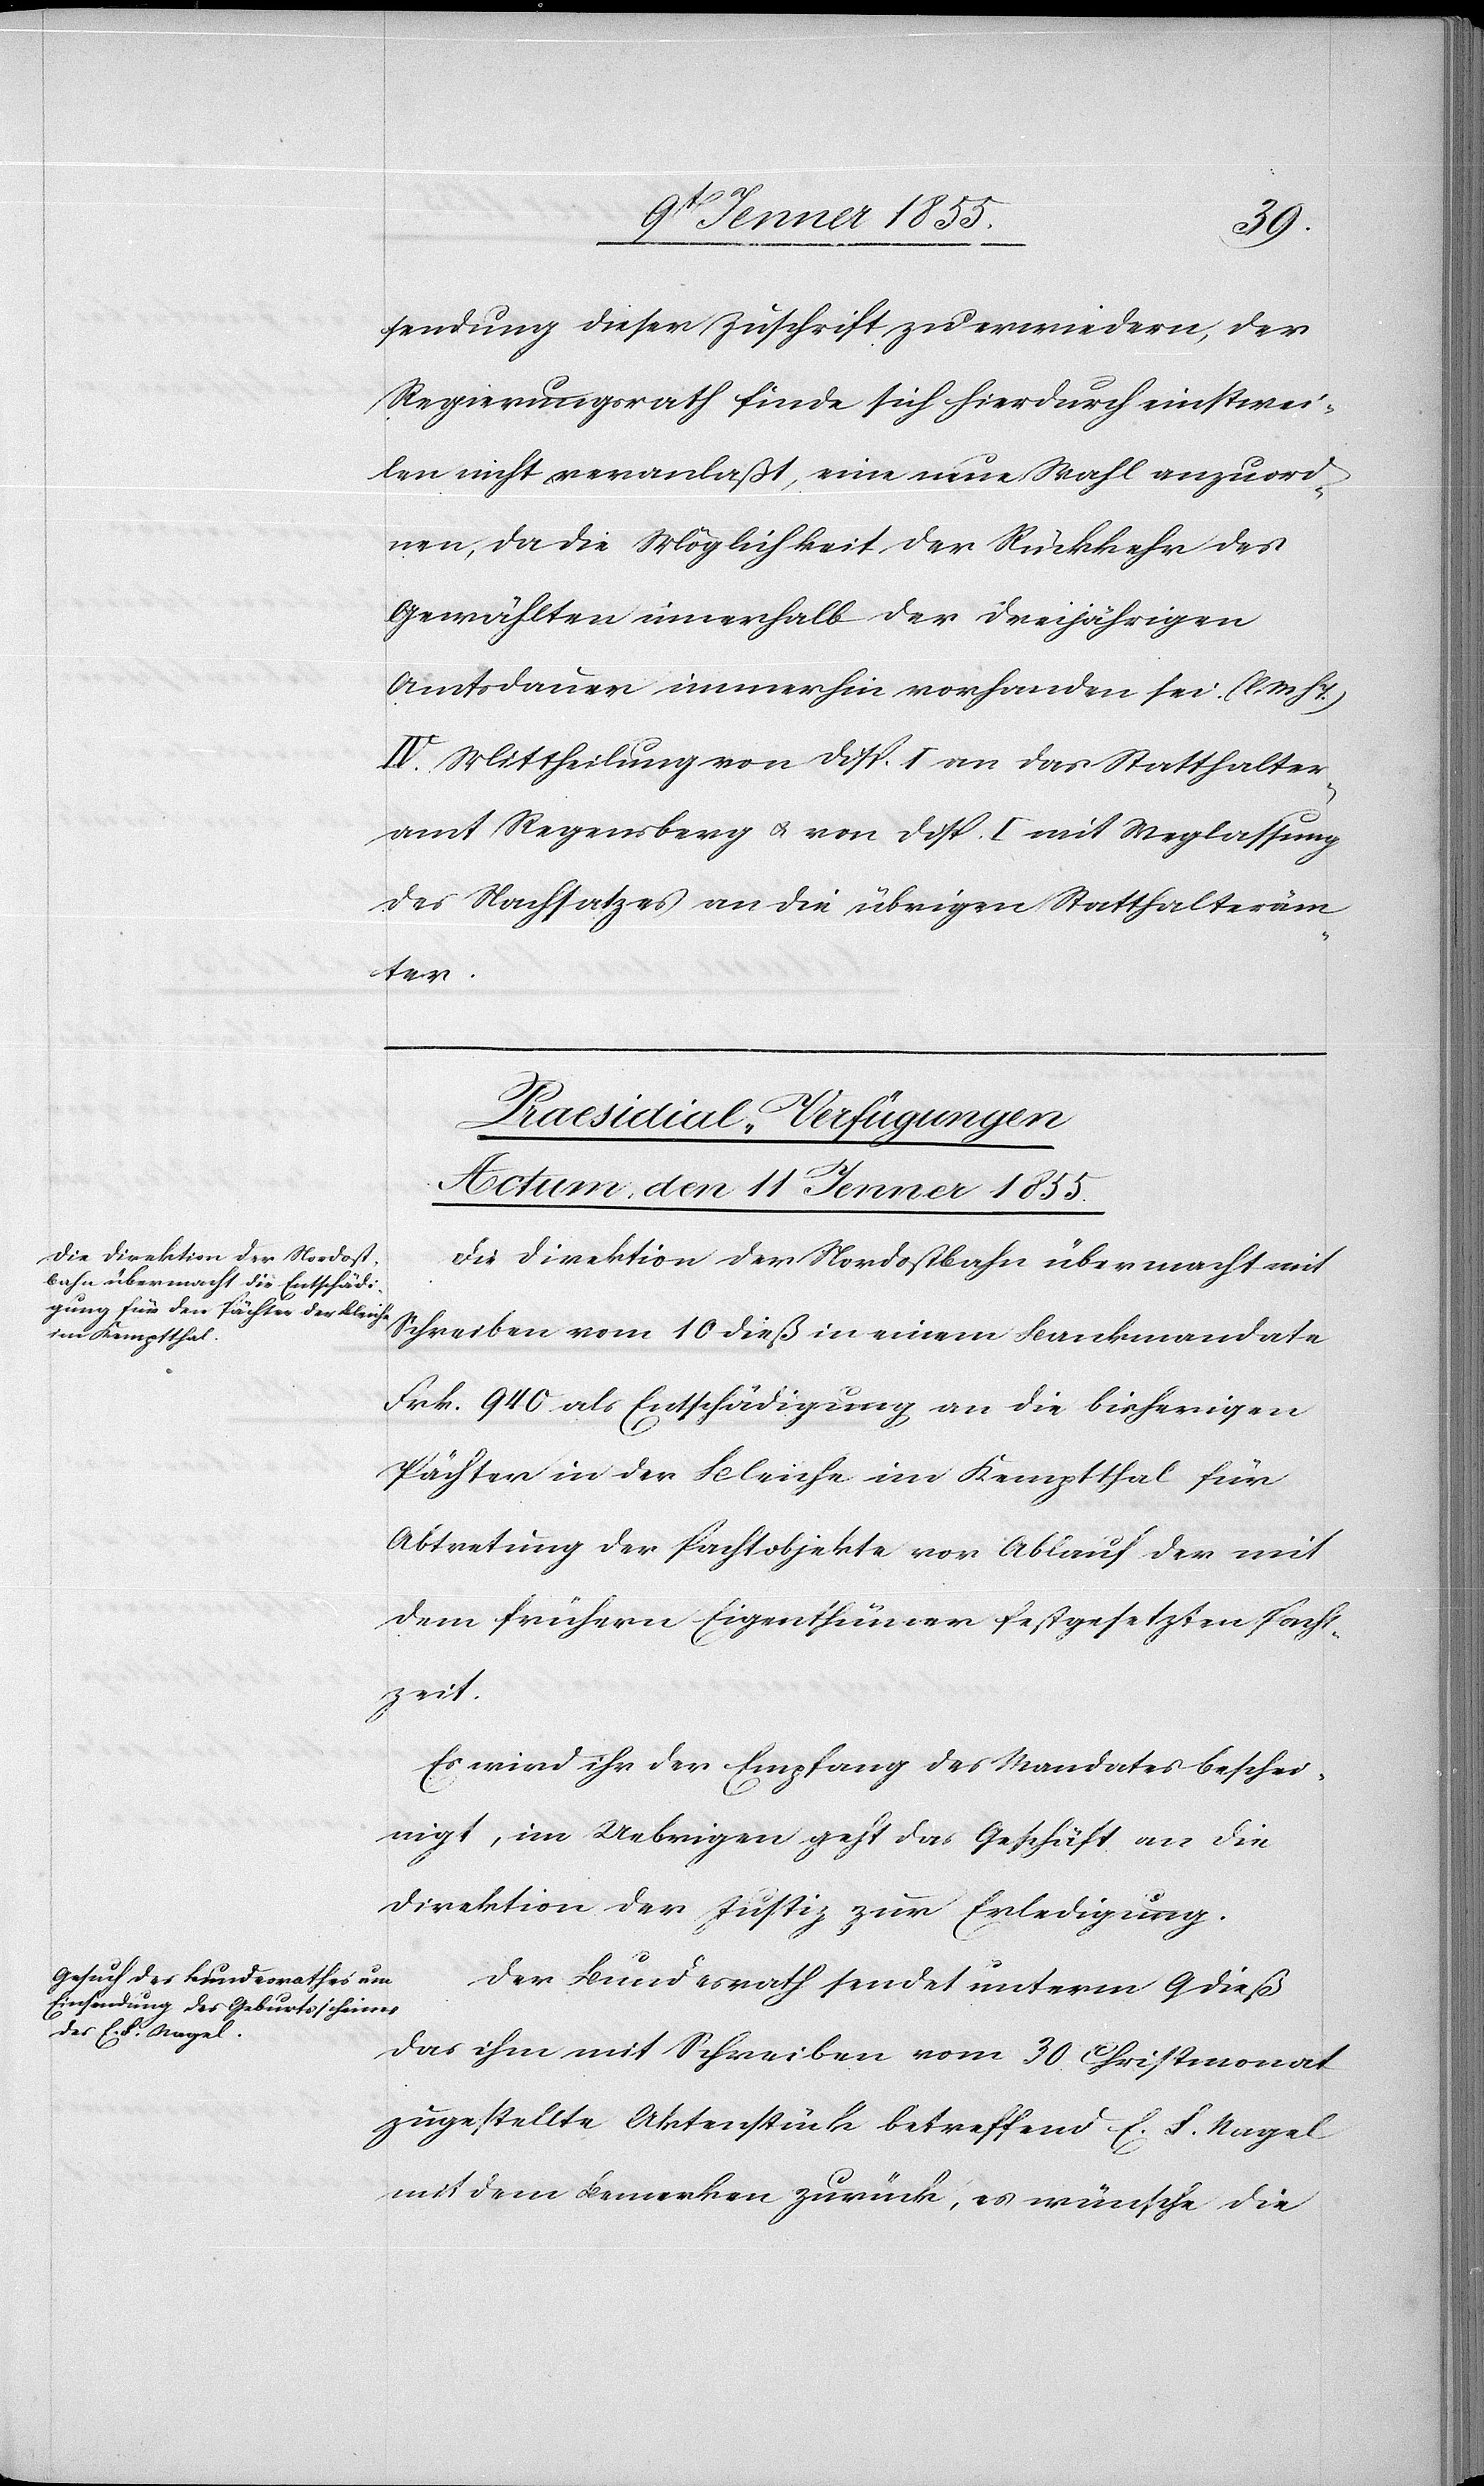
sendung dieser Zuschrift zu erwiedern, der
Regierungsrath finde sich hierdurch einstwei¬
len nicht veranlaßt, eine neue Wahl anzuord¬
nen, da die Möglichkeit der Rückkehr des
Gewählten innerhalb der dreijährigen
Amtsdauer immerhin vorhanden sei. (l.
IV. Mittheilung von Disp. I an das Statthalter¬
amt Regensberg & von Disp. I mit Weglassung
des Nachsatzes an die übrigen Statthalteräm¬
ter.
[Praesidial-Verfügungen
Actum, den 11 Jenner 1855.]
Die Direktion der Nordostbahn übermacht mit
Schreiben vom 10 dieß in einem Bankmandate
Frk. 940 als Entschädigung an die bisherigen
Pächter in der Bleiche im Kemptthal für
Abtretung der Pachtobjekte vor Ablauf der mit
dem frühern Eigenthümer festgesetzten Pacht¬
zeit.
Es wird ihr der Empfang des Mandates beschei¬
nigt, im Uebrigen geht das Geschäft an die
Direktion der Justiz zur Erledigung.
Der Bundesrath sendet unterm 9 dieß
das ihm mit Schreiben vom 30. Christmonat
zugestellte Aktenstück betreffend E. F. Nagel
mit dem Bemerken zurück, es wünsche die